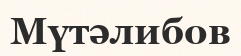
Мүтәлибов